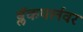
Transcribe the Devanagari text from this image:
ब्लॅकपर्लवर